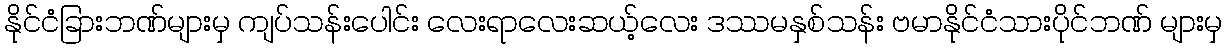
နိုင်ငံခြားဘဏ်များမှ ကျပ်သန်းပေါင်း လေးရာလေးဆယ့်လေး ဒဿမနှစ်သန်း ဗမာနိုင်ငံသားပိုင်ဘဏ် များမှ